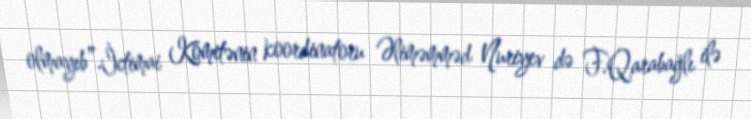
olmayıb”.İctimai Komitənin koordinatoru Əliməmməd Nuriyev də F.Qarabağlı ilə